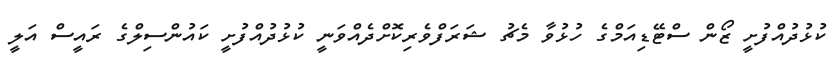
ކުޅުދުއްފުށީ ޒޯން ސްޓޭޑިއަމްގެ ހުޅުވާ މެޗު ޝަރަފްވެރިކޮށްދެއްވަނީ ކުޅުދުއްފުށީ ކައުންސިލްގެ ރައީސް އަލީ